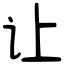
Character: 让